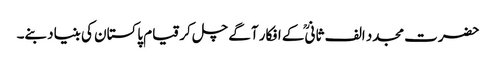
حضرت مجدد الف ثانیؒ کے افکار آگے چل کر قیام پاکستان کی بنیاد بنے۔